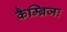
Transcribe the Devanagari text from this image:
कैम्ब्रिजः